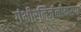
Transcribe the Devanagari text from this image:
गंभीरनिर्जलीकरण